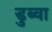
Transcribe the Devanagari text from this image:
डुब्वा